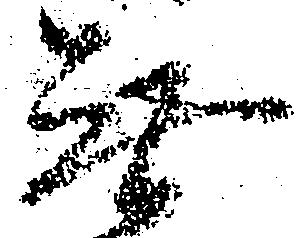
無